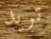
تريد